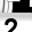
Digit: 2